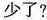
少了？